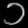
Digit: ၁